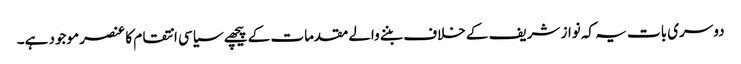
دوسری بات یہ کہ نواز شریف کے خلاف بننے والے مقدمات کے پیچھے سیاسی انتقام کا عنصر موجود ہے۔